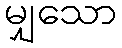
မျှသော